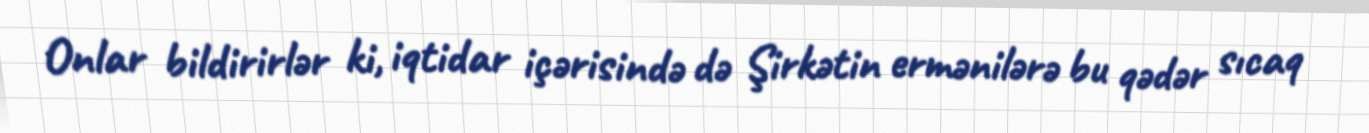
Onlar bildirirlər ki, iqtidar içərisində də Şirkətin ermənilərə bu qədər sıcaq